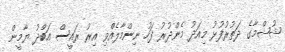
ޝުޝްމާގެ ދަތުރުފުޅު މިއަދު މެންދުރު ފަހު ނިންމާލެއްވި އިރު ރައީސް އަބްދު ޔާމީން